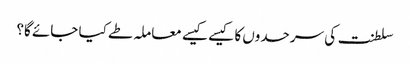
سلطنت کی سرحدوں کا کیسے کیسے معاملہ طے کیا جائے گا؟